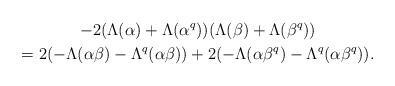
LaTeX: \begin{gather*}-2(\Lambda(\alpha)+\Lambda(\alpha^q))(\Lambda(\beta)+\Lambda(\beta^q))\\=2(-\Lambda(\alpha\beta)-\Lambda^q(\alpha\beta))+2(-\Lambda(\alpha\beta^q)-\Lambda^q(\alpha\beta^q)).\end{gather*}